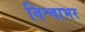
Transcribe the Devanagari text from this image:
विश्वाभर